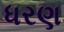
ધરણ